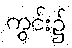
ကွင်း၌